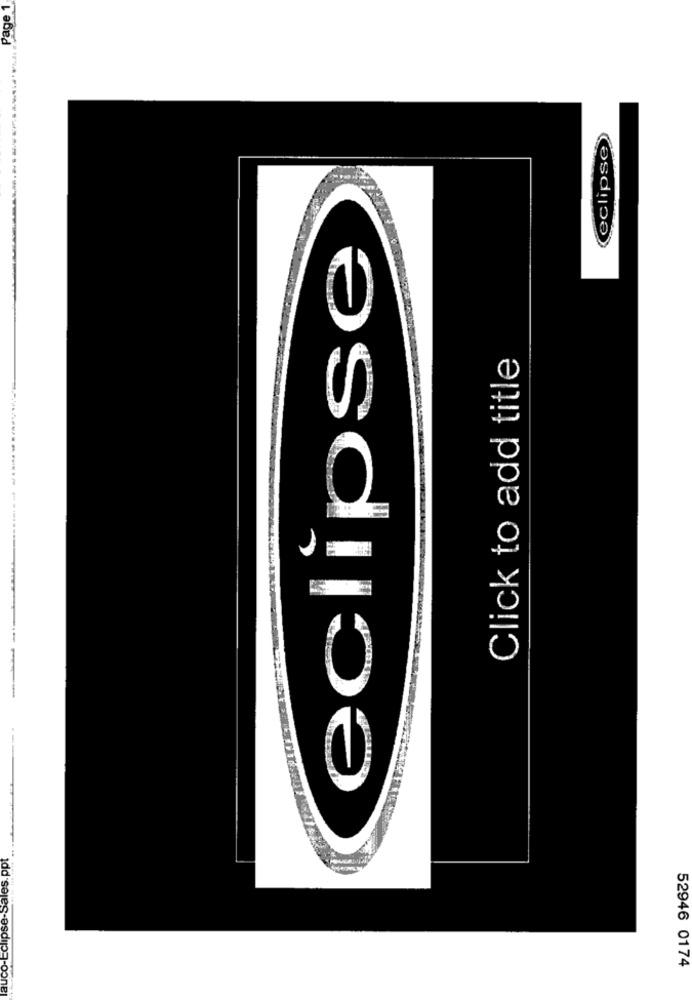
Page 1
(eclipse)
eclipse
Click to add title
lauco-Eclipse-Sales.ppt
52946 0174